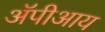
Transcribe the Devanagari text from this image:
ॲपीआय